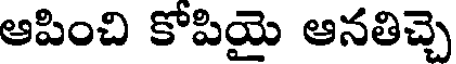
ఆపించి కోపియై ఆనతిచ్చె